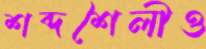
শব্দশৈলীও